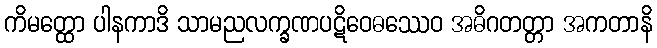
ကိမတ္ထော ပါနကာဒိ သာမညလက္ခဏပဋိဝေဓဿေဝ အဓိဂတတ္တာ အကတာနိ